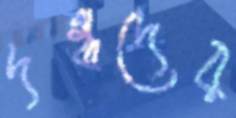
দগ্ধদের